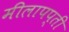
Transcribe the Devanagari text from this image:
मीलापप्ती